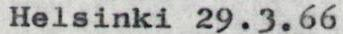
Helsinki 29.3.66